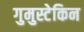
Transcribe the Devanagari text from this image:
गुमुस्टेकिन